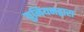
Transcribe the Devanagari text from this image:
युनियनद्वारा